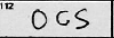
Transcription: OCS